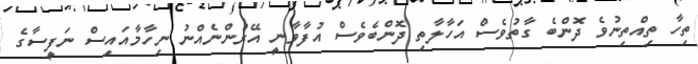
ތިހާ ތިއްތިނުވެ ދޮންބެ ގާތުވެސް އަހާލާތި ދޮންބެވެސް އުފާވާނީ އޭރުންނެއްނު ނިހާމާއައިސް ނަފީސާގެ